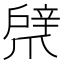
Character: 𢩞